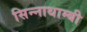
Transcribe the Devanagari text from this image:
सिन्नाथाम्बी